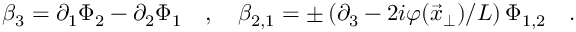
\beta _ { 3 } = \partial _ { 1 } \Phi _ { 2 } - \partial _ { 2 } \Phi _ { 1 } \quad , \quad \beta _ { 2 , 1 } = \pm \left( \partial _ { 3 } - 2 i \varphi ( \vec { x } _ { \perp } ) / L \right) \Phi _ { 1 , 2 } \quad .